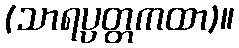
(သာရပ္ပတ္တကထာ)။